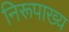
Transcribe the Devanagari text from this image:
निरूपाख्य